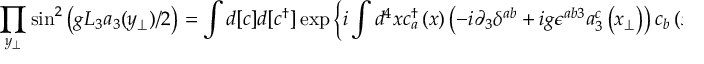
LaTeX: \prod _ { y _ { \perp } } \sin ^ { 2 } \left( g L _ { 3 } a _ { 3 } ( y _ { \perp } ) / 2 \right) = \int d [ c ] d [ c ^ { \dagger } ] \exp \left\{ i \int d ^ { 4 } x c _ { a } ^ { \dagger } \left( x \right) \left( - i \partial _ { 3 } \delta ^ { a b } + i g \epsilon ^ { a b 3 } a _ { 3 } ^ { c } \left( x _ { \perp } \right) \right) c _ { b } \left( x \right) \right\} .